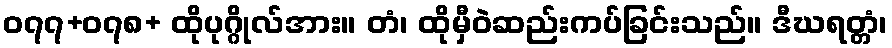
၀၇၇+၀၇၈+ ထိုပုဂ္ဂိုလ်အား။ တံ၊ ထိုမှီဝဲဆည်းကပ်ခြင်းသည်။ ဒီဃရတ္တံ၊